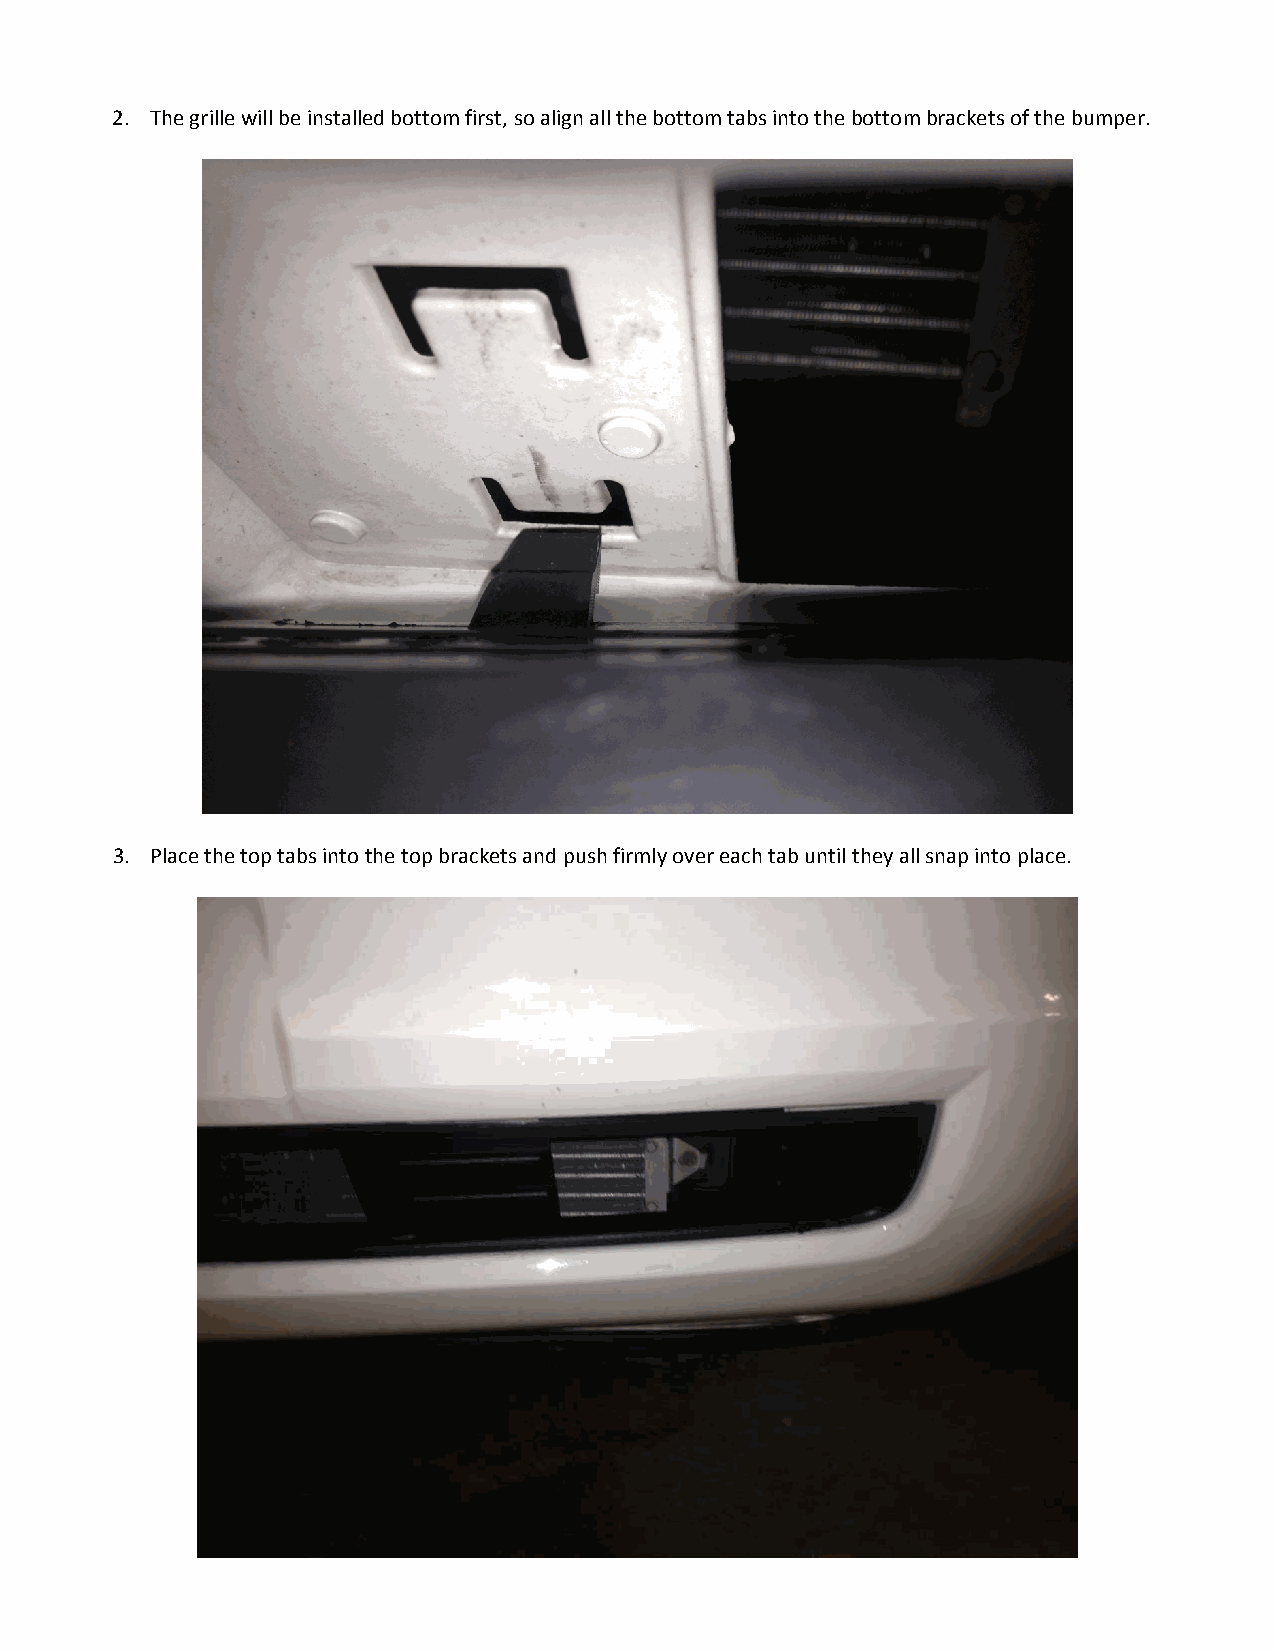
2. The grille will be installed bottom first, so align all the bottom tabs into the bottom brackets of the bumper.
 3. Place the top tabs into the top brackets and push firmly over each tab until they all snap into place.